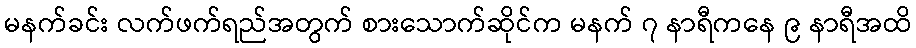
မနက်ခင်း လက်ဖက်ရည်အတွက် စားသောက်ဆိုင်က မနက် ၇ နာရီကနေ ၉ နာရီအထိ